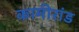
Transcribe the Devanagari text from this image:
कामीरांड